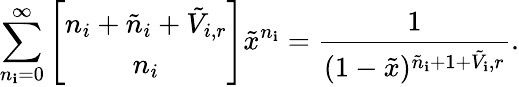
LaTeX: \sum_{n_{\mathbf{i}}=0}^{\infty}\left[\begin{array}{c}{{n_{i}+\tilde{n}_{i}+\tilde{V}_{i,r}}}\\ {{n_{i}}}\end{array}\right]\tilde{{x}}^{n_{\mathbf{i}}}=\frac{{1}}{{(1-\tilde{{x}})^{\tilde{{n}}_{\mathbf{i}}+1+\tilde{{V}}_{\mathbf{i}},r}}}.